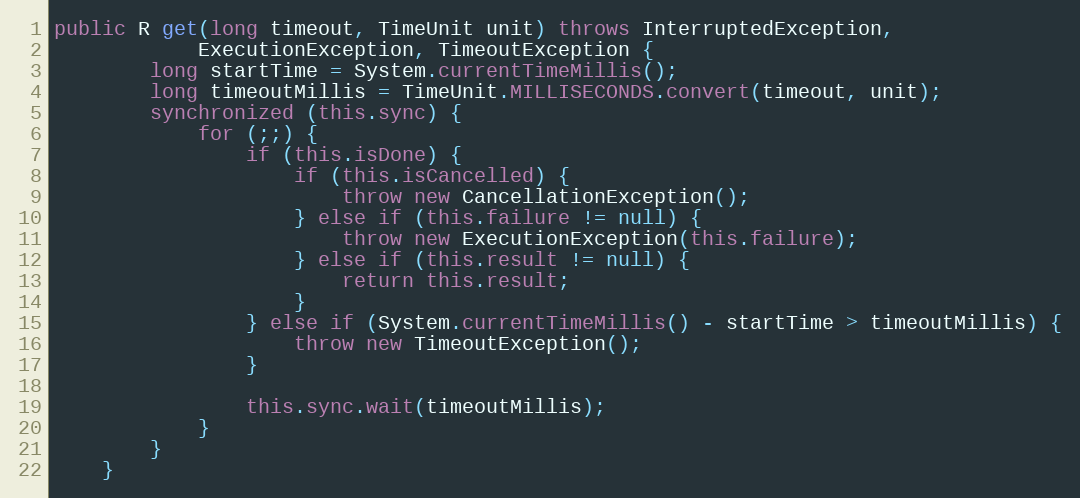
Language: Java
public R get(long timeout, TimeUnit unit) throws InterruptedException,
			ExecutionException, TimeoutException {
		long startTime = System.currentTimeMillis();
		long timeoutMillis = TimeUnit.MILLISECONDS.convert(timeout, unit);
		synchronized (this.sync) {
			for (;;) {
				if (this.isDone) {
					if (this.isCancelled) {
						throw new CancellationException();
					} else if (this.failure != null) {
						throw new ExecutionException(this.failure);
					} else if (this.result != null) {
						return this.result;
					}
				} else if (System.currentTimeMillis() - startTime > timeoutMillis) {
					throw new TimeoutException();
				}

				this.sync.wait(timeoutMillis);
			}
		}
	}